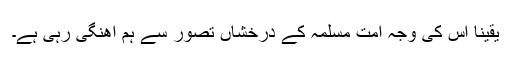
یقینا اس کی وجہ امت مسلمہ کے درخشاں تصور سے ہم آھنگی رہی ہے۔